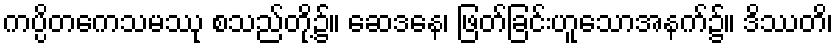
ကပ္ပိတကေသမဿု စသည်တို့၌။ ဆေဒနေ၊ ဖြတ်ခြင်းဟူသောအနက်၌။ ဒိဿတိ၊